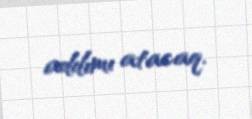
addımı atacaq.